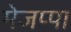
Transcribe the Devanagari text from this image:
मेजप्पा